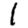
Digit: 1